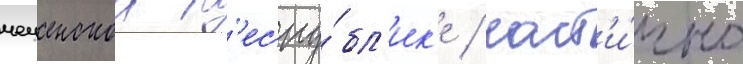
чеченскои р'еспу́бл'ик'е / част'и́чно